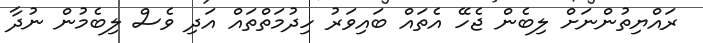
ރައްޔިތުންނަށް ލިބެން ޖެހޭ އެތައް ބައިވަރު ހިދުމަތްތައް އަދި ވެސް ލިބެމުން ނުދާ